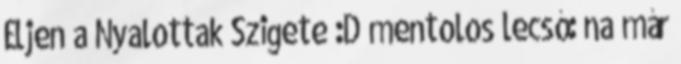
Éljen a Nyalottak Szigete :D mentolos lecsó: na már